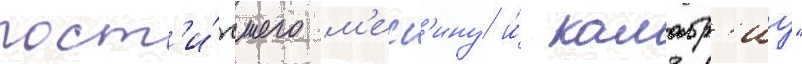
пост'и́гшего м'есс'ину и́ калабр'иу"